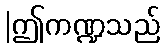
|ဤကဏ္ဍသည်